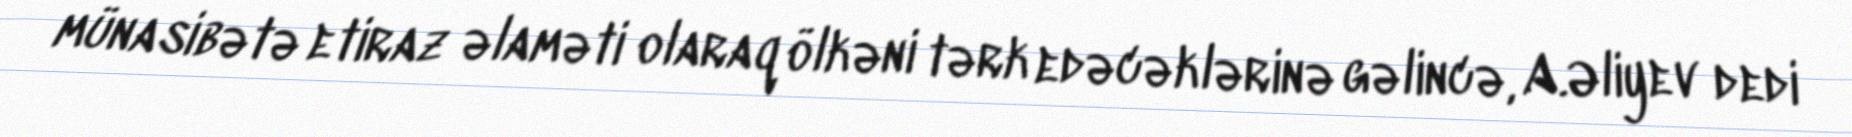
münasibətə etiraz əlaməti olaraq ölkəni tərk edəcəklərinə gəlincə, A.Əliyev dedi